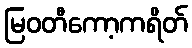
မြဝတီကော့ကရိတ်